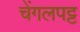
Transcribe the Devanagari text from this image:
चेंगलपट्ट